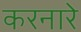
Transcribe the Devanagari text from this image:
करनारे